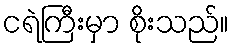
ငရဲကြီးမှာ စိုးသည်။